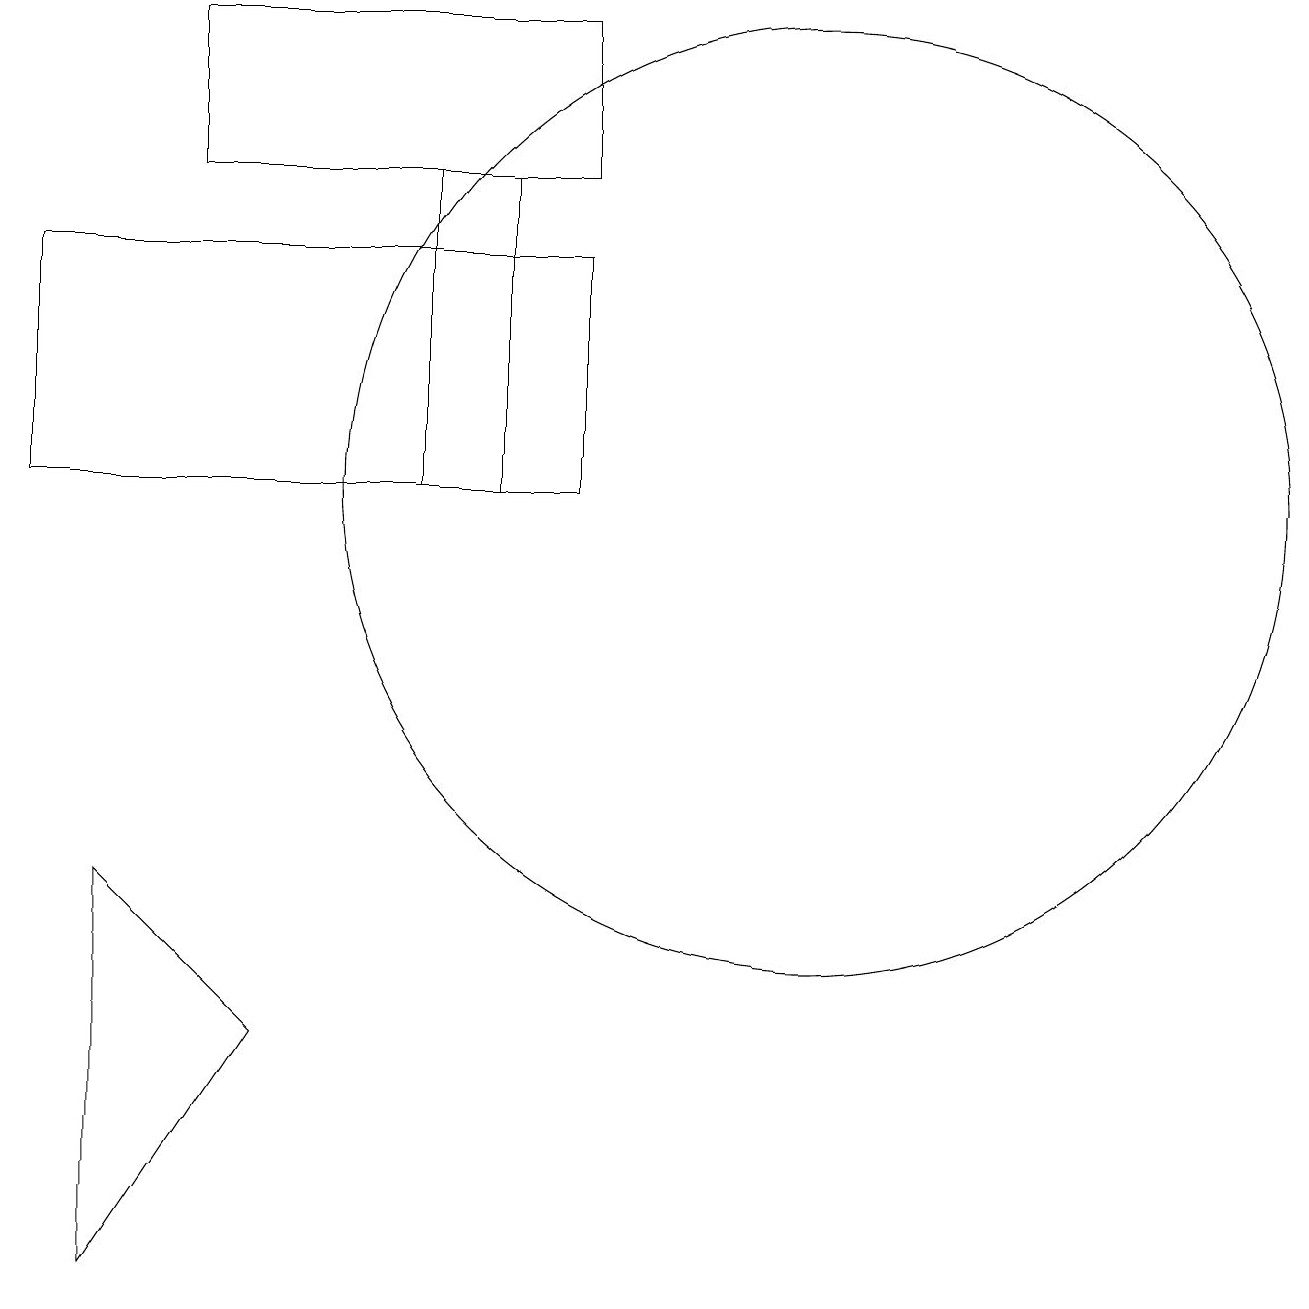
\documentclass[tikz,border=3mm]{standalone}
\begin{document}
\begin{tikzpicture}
\draw (2,17) rectangle (7,15);
\draw (3,4) -- (1,6) -- (1,1) -- cycle;
\draw (0,14) rectangle (7,11);
\draw (10,11) circle (6);
\draw (5,11) rectangle (6,15);
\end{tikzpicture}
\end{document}